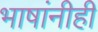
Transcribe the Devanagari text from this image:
भाषांनीही